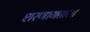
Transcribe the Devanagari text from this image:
शरणागताला